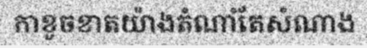
កាខូចខាតយ៉ាងតំណាំតែសំណាង